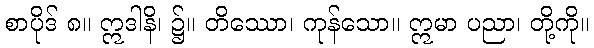
စာပိုဒ် ၈။ ဣဒါနိ၊ ၌။ တိဿော၊ ကုန်သော။ ဣမာ ပညာ၊ တို့ကို။